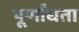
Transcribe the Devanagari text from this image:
पूर्णांधता